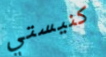
كنيستي